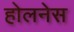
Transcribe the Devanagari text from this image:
होलनेस